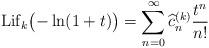
LaTeX: \begin{align*} {\rm Lif}_k\bigl(-\ln(1+t)\bigr)=\sum_{n=0}^\infty\widehat c_n^{(k)}\frac{t^n}{n!} \end{align*}